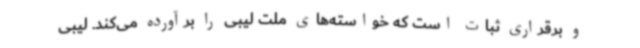
و برقراری ثبات است که خواسته‌های ملت لیبی را برآورده می‌کند. لیبی